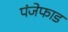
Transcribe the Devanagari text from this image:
पंजेफाड